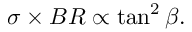
\sigma \times B R \propto \tan ^ { 2 } \beta .